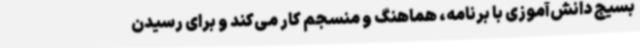
بسیج دانش‌آموزی با برنامه، هماهنگ و منسجم کار می‌کند و برای رسیدن